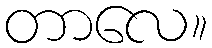
တာလေ။